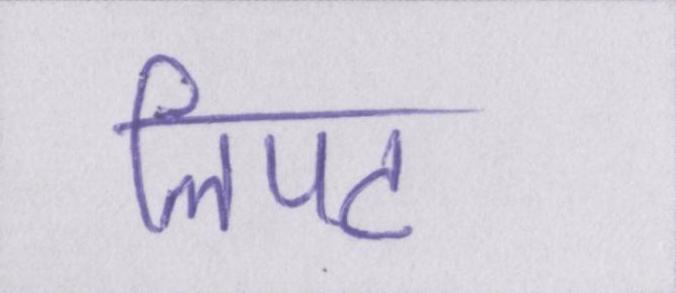
लिपट